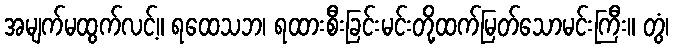
အမျက်မထွက်လင့်။ ရထေသဘ၊ ရထားစီးခြင်းမင်းတို့ထက်မြတ်သောမင်းကြီး။ တွံ၊